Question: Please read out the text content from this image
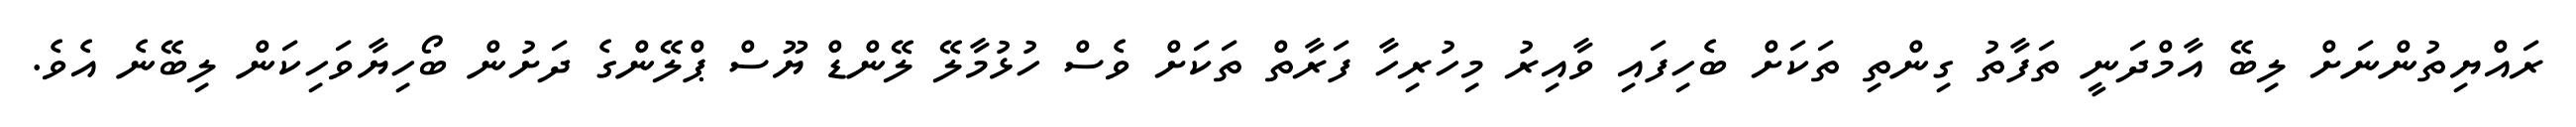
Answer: ރައްޔިތުންނަށް ލިބޭ އާމްދަނީ ތަފާތު ގިންތި ތަކަށް ބެހިފައި ވާއިރު މިހުރިހާ ފަރާތް ތަކަށް ވެސް ހުޅުމާލޭ ލޭންޑް ޔޫސް ޕްލޭންގެ ދަށުން ބޯހިޔާވަހިކަން ލިބޭނެ އެވެ.